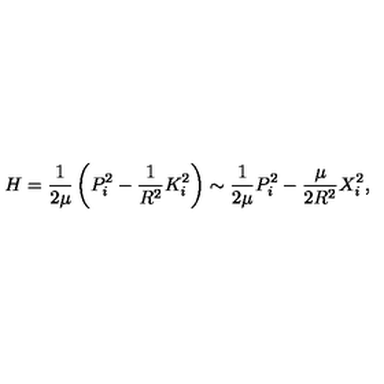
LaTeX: H = \frac { 1 } { 2 \mu } \left( P _ { i } ^ { 2 } - \frac { 1 } { R ^ { 2 } } K _ { i } ^ { 2 } \right) \sim \frac { 1 } { 2 \mu } P _ { i } ^ { 2 } - \frac { \mu } { 2 R ^ { 2 } } X _ { i } ^ { 2 } ,